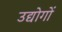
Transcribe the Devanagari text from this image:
उद्योगोंं